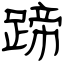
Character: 蹄